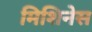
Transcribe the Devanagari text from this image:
मिशिनेस